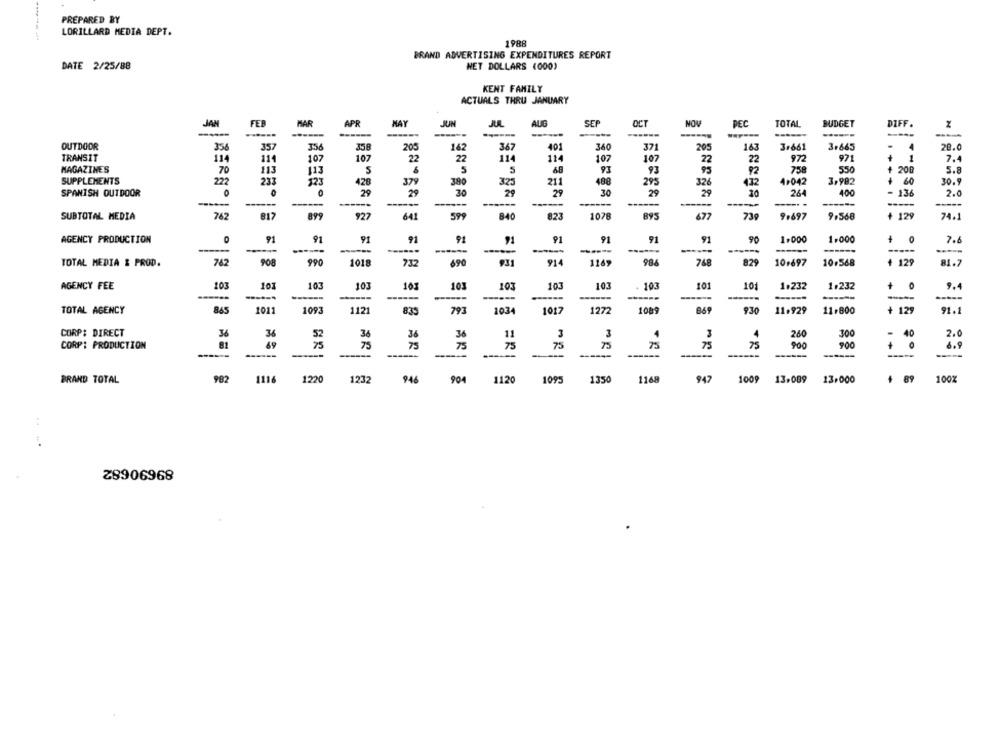
PREPARED BY
LORILLARD MEDIA DEPT.
1988
BRAND ADVERTISING EXPENDITURES REPORT
DATE 2/25/88
WET DOLLARS (000)
KENT FAMILY
ACTUALS THRU JANUARY
JAN
FER
MAR
MAY
SEP
NOV
APR
JUN
JUL
AUG
OCT
PEC
TOTAL
BUDGET
DIFF.
......
-----
----
------
------
OUTDOOR
356
357
200
16
367
401
340
371
205
163
3.661
3.665
28.0
TRANSIT
114
11
107
107
22
22
114
114
107
107
22
22
972
971
1
7.4
MAGAZINES
70
113
113
S
5
5
48
93
92
758
550
200
5.8
SUPPLEMENTS
237
123
426
379
380
325
211
488
295
326
4,042
3,982
30.9
132
SPANISH OUTDOOR
29
29
30
29
30
29
29
264
400
2.0
-
-----
------
-----
SUBTOTAL MEDIA
762
817
899
927
641
599
840
823
1078
895
677
739
9.697
9.568
74.1
AGENCY PRODUCTION
91
91
91
91
91
91
91
91
91
90
1.000
1.000
+
7.6
-
------
------
TOTAL MEDIA & PROD.
762
908
990
1018
732
690
931
914
1169
986
768
829
10+697
10.568
+ 129
81.7
AGENCY FEE
103
101
103
103
101
103
103
103
103
103
101
101
1.232
1.232
9.4
------
------
------
TOTAL AGENCY
865
1011
1093
1121
835
793
1034
1017
1272
1089
B69
930
11.929
11.800
+ 129
91.1
CORP: DIRECT
36
36
36
1
3
3
3
4
300
52
36
36
260
40
CORP: PRODUCTION
81
69
75
75
75
75
75
75
75
75
900
900
. +
-----
-
BRAND TOTAL
982
1116
1220
1120
1095
1232
946
904
1350
1168
947
1009
13.089
13.000
+ 89 100%
..
Z8906968